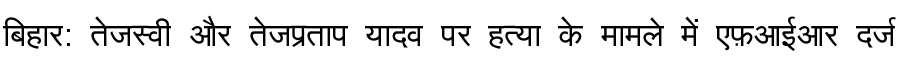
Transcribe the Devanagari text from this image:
बिहार: तेजस्वी और तेजप्रताप यादव पर हत्या के मामले में एफ़आईआर दर्ज